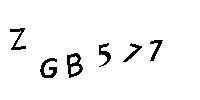
ZGB577